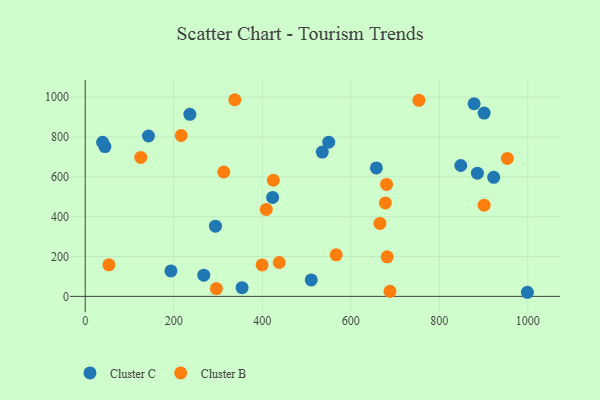
{"axis": {"x": "Ad Spend", "y": "Profit"}, "legend": ["Cluster B", "Cluster C"], "data": [{"x": "44.5", "y": 751.7, "type": "Cluster C"}, {"x": "901.4", "y": 919.8, "type": "Cluster C"}, {"x": "848.6", "y": 656.7, "type": "Cluster C"}, {"x": "535.7", "y": 724.3, "type": "Cluster C"}, {"x": "886.2", "y": 618.3, "type": "Cluster C"}, {"x": "236.5", "y": 913.4, "type": "Cluster C"}, {"x": "294.3", "y": 352.5, "type": "Cluster C"}, {"x": "550.2", "y": 773.9, "type": "Cluster C"}, {"x": "423.4", "y": 496.8, "type": "Cluster C"}, {"x": "923.0", "y": 597.3, "type": "Cluster C"}, {"x": "999.1", "y": 20.6, "type": "Cluster C"}, {"x": "193.7", "y": 127.6, "type": "Cluster C"}, {"x": "267.9", "y": 106.5, "type": "Cluster C"}, {"x": "142.9", "y": 804.9, "type": "Cluster C"}, {"x": "39.3", "y": 773.5, "type": "Cluster C"}, {"x": "657.9", "y": 644.8, "type": "Cluster C"}, {"x": "354.4", "y": 43.9, "type": "Cluster C"}, {"x": "878.8", "y": 966.5, "type": "Cluster C"}, {"x": "510.7", "y": 82.8, "type": "Cluster C"}, {"x": "296.4", "y": 39.0, "type": "Cluster B"}, {"x": "678.2", "y": 468.8, "type": "Cluster B"}, {"x": "425.1", "y": 582.8, "type": "Cluster B"}, {"x": "666.0", "y": 365.9, "type": "Cluster B"}, {"x": "754.0", "y": 984.0, "type": "Cluster B"}, {"x": "399.6", "y": 158.0, "type": "Cluster B"}, {"x": "688.6", "y": 25.6, "type": "Cluster B"}, {"x": "680.9", "y": 561.8, "type": "Cluster B"}, {"x": "409.1", "y": 436.4, "type": "Cluster B"}, {"x": "216.9", "y": 807.3, "type": "Cluster B"}, {"x": "953.8", "y": 692.0, "type": "Cluster B"}, {"x": "901.4", "y": 457.9, "type": "Cluster B"}, {"x": "313.1", "y": 624.1, "type": "Cluster B"}, {"x": "125.4", "y": 697.4, "type": "Cluster B"}, {"x": "53.5", "y": 158.5, "type": "Cluster B"}, {"x": "567.1", "y": 208.4, "type": "Cluster B"}, {"x": "682.3", "y": 198.5, "type": "Cluster B"}, {"x": "338.0", "y": 986.8, "type": "Cluster B"}, {"x": "438.4", "y": 169.9, "type": "Cluster B"}]}